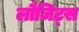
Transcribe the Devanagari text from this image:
लौजिट्स